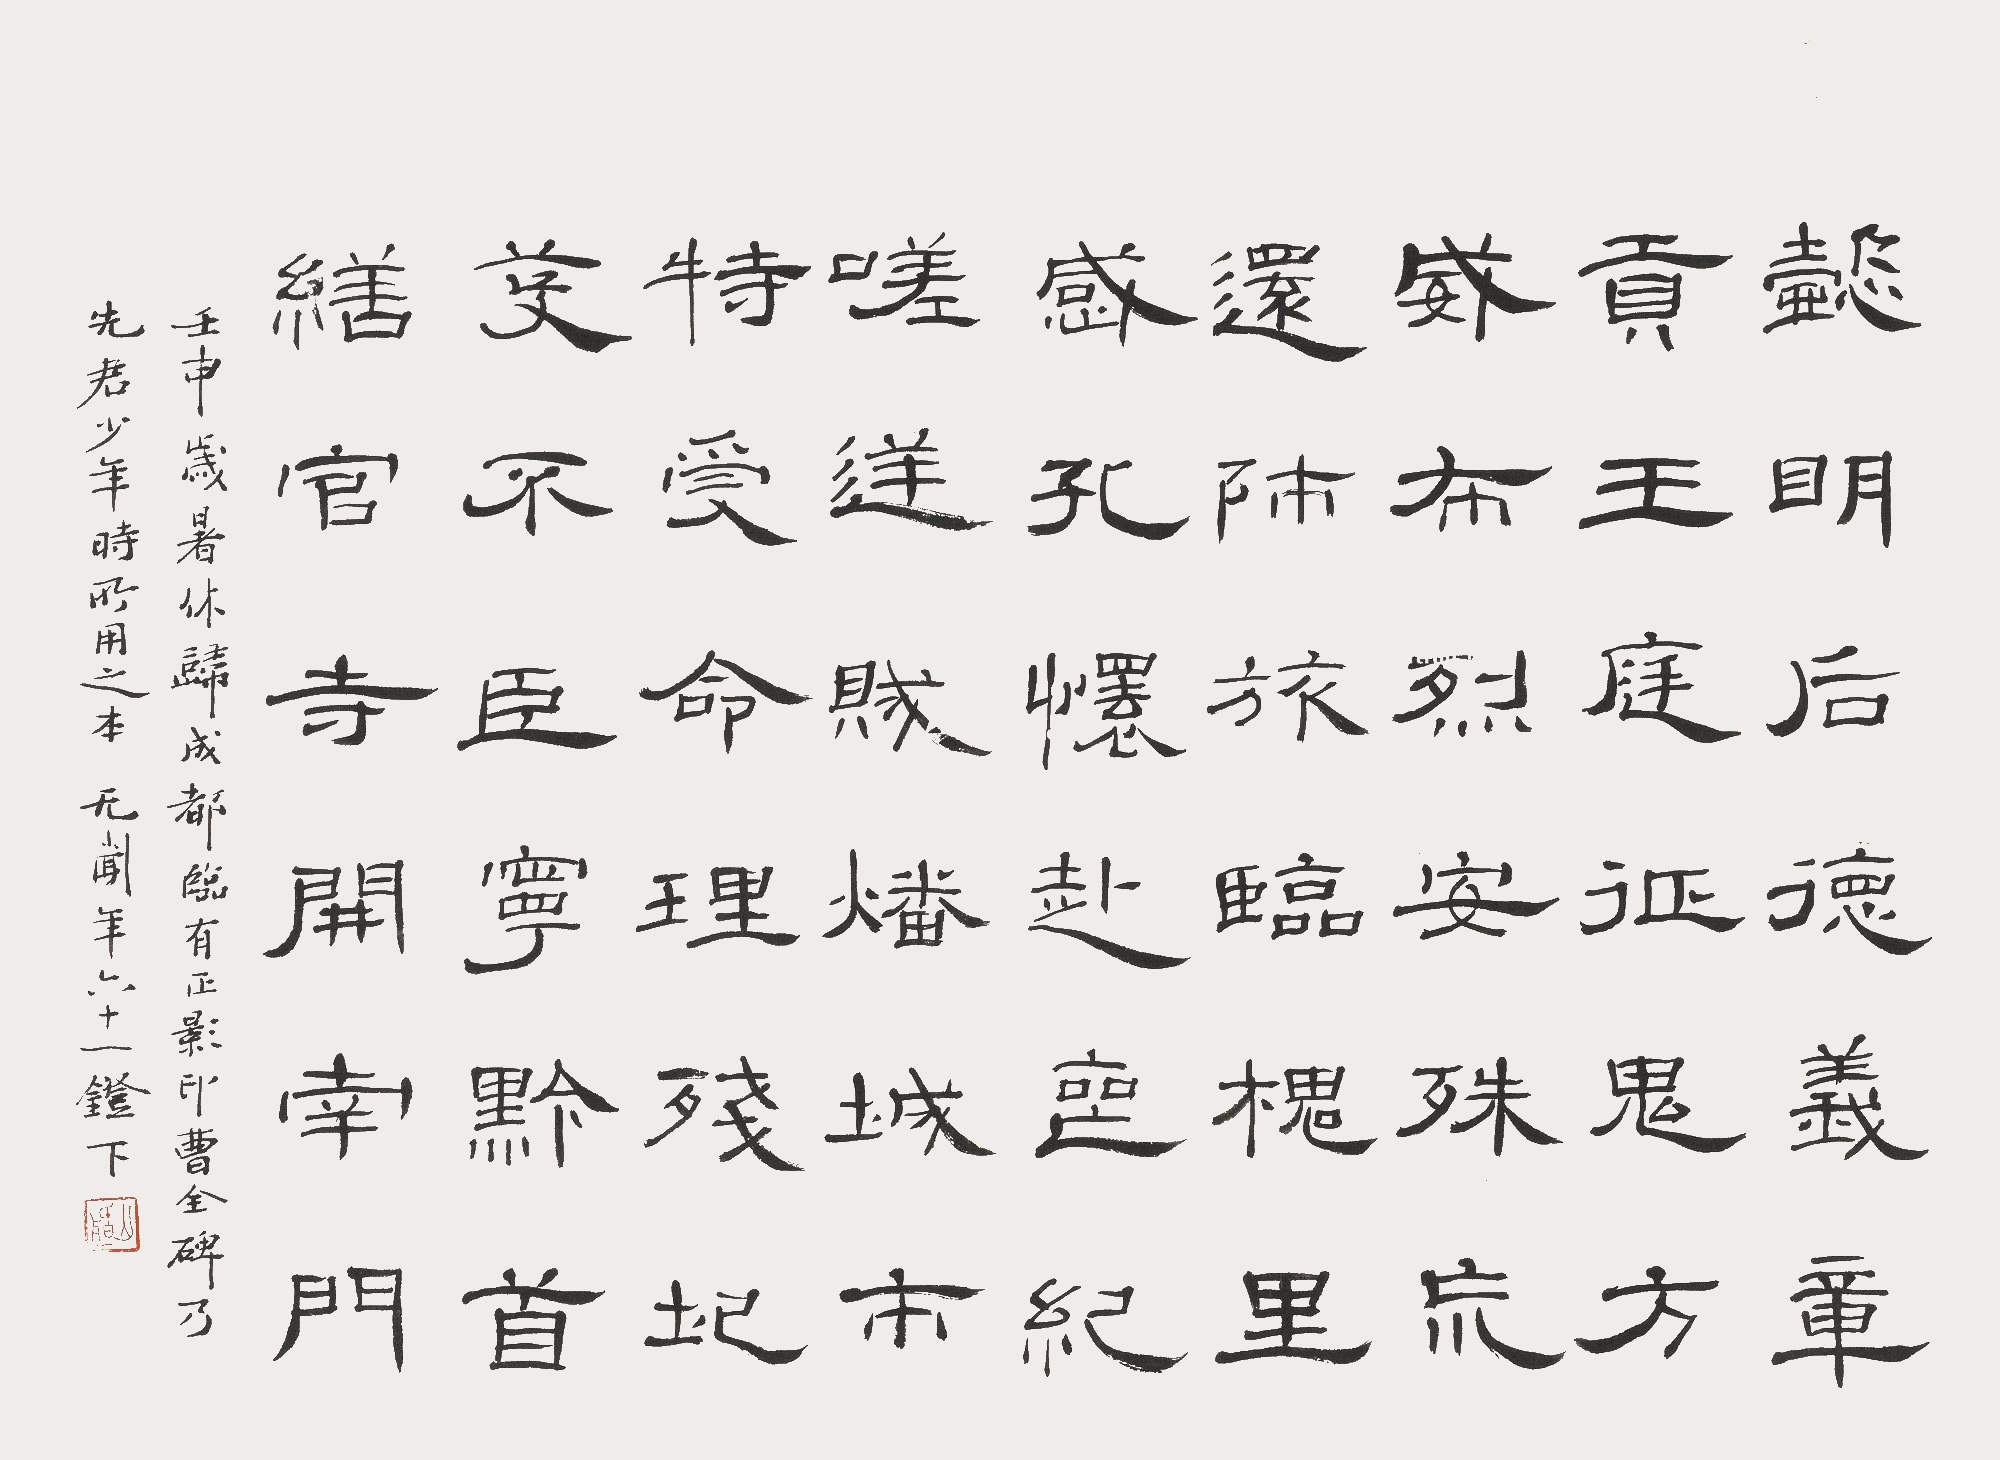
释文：懿明后，德义章，贡王廷，征鬼方，威布烈，安殊荒。还师旅，临槐里。感孔怀，赴丧纪。嗟逆贼，燔城市。特受命，理残圯，芟不臣，宁黔首。缮官寺，开南门。壬申岁暮休归成都临有正影印曹全碑乃先君少年所用之本，无闻年六十一灯下。